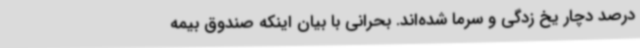
درصد دچار یخ زدگی و سرما شده‌اند. بحرانی با بیان اینکه صندوق بیمه